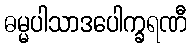
ဓမ္မပါသာဒပေါက္ခရဏီ